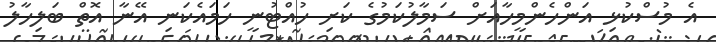
އެ މުސްކުޅި އަންހެންމީހާއަށް ސަމާލުކަމުގެ ކަށި ހުއްޓުނީ ހަމައެކަނި އޭނާ އޮތް ބަލިހާލު